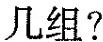
几组？